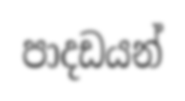
පාදඩයන්